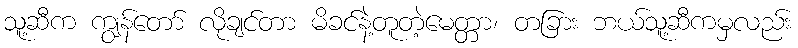
သူ့ဆီက ကျွန်တော် လိုချင်တာ မိခင်နဲ့တူတဲ့မေတ္တာ၊ တခြား ဘယ်သူ့ဆီကမှလည်း